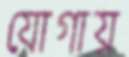
যোগায়